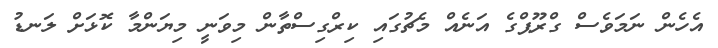
އެހެން ނަމަވެސް ގްރޫޕްގެ އަނެއް މެޗުގައި ކިރްގިސްތާން މިވަނީ މިޔަންމާ ކޮޅަށް ލަނޑު